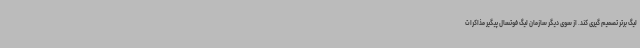
لیگ برتر تصمیم گیری کند. از سوی دیگر سازمان لیگ فوتسال پیگیر مذاکرات